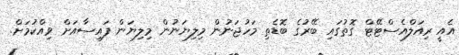
އެއީ ރިއަލްއެސްޓޭޓް ގޮތުގައި ބޭރުގެ ބޮޑެތި މަހުޖަނުން މިލިޔަނުން މިލިޔަން ފައިސާއަށް ވިއްކުމަށް.